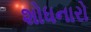
શોધનારો